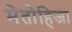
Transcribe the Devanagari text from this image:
मेतोहिजा